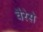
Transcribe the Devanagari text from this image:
वैरेसे